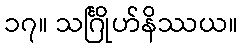
၁၇။ သင်္ဂြိုဟ်နိဿယ။